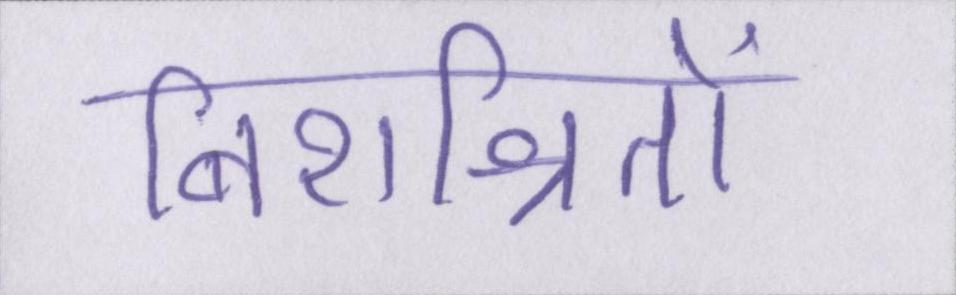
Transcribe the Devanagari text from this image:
निराश्रितों